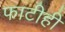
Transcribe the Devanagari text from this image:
फाटीही